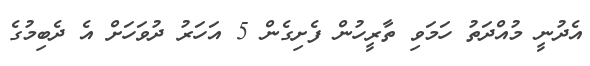
އެދުނީ މުއްދަތު ހަމަވި ތާރީހުން ފެށިގެން 5 އަހަރު ދުވަހަށް އެ ދެބިމުގެ